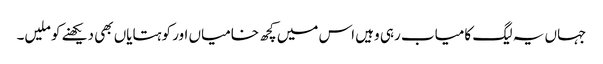
جہاں یہ لیگ کامیاب رہی وہیں اس میں کچھ خامیاں اور کوہتایاں بھی دیکھنے کو ملیں۔